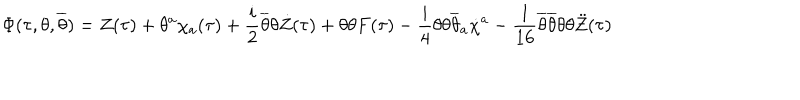
LaTeX: \Phi ( \tau , \theta , \overline { { { \theta } } } ) = Z ( \tau ) + \theta ^ { a } \chi _ { a } ( \tau ) + \frac { i } { 2 } \overline { { { \theta } } } \theta \dot { Z } ( \tau ) + \theta \theta F ( \tau ) - \frac { i } { 4 } \theta \theta \overline { { { \theta } } } _ { a } \dot { \chi } ^ { a } - \frac { 1 } { 1 6 } \overline { { { \theta } } } \overline { { { \theta } } } \theta \theta \ddot { Z } ( \tau )